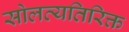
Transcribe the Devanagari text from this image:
सोलव्यतिरिक्त